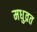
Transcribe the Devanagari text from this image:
मधुव्रत